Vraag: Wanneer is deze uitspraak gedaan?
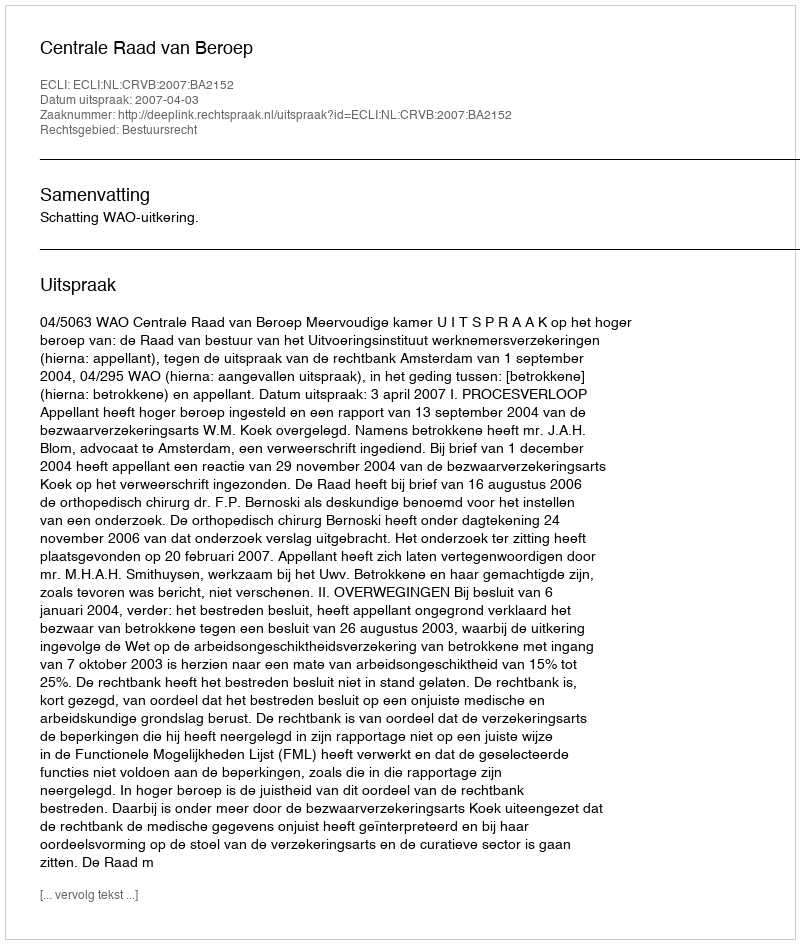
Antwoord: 2007-04-03